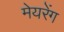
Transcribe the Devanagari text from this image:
मेयरेंग